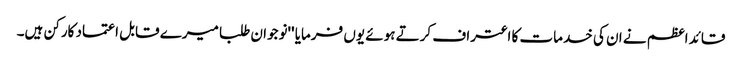
قائد اعظم نے ان کی خدمات کا اعتراف کرتے ہوئے یوں فرمایا ''نوجوان طلبا میرے قابل اعتماد کارکن ہیں۔